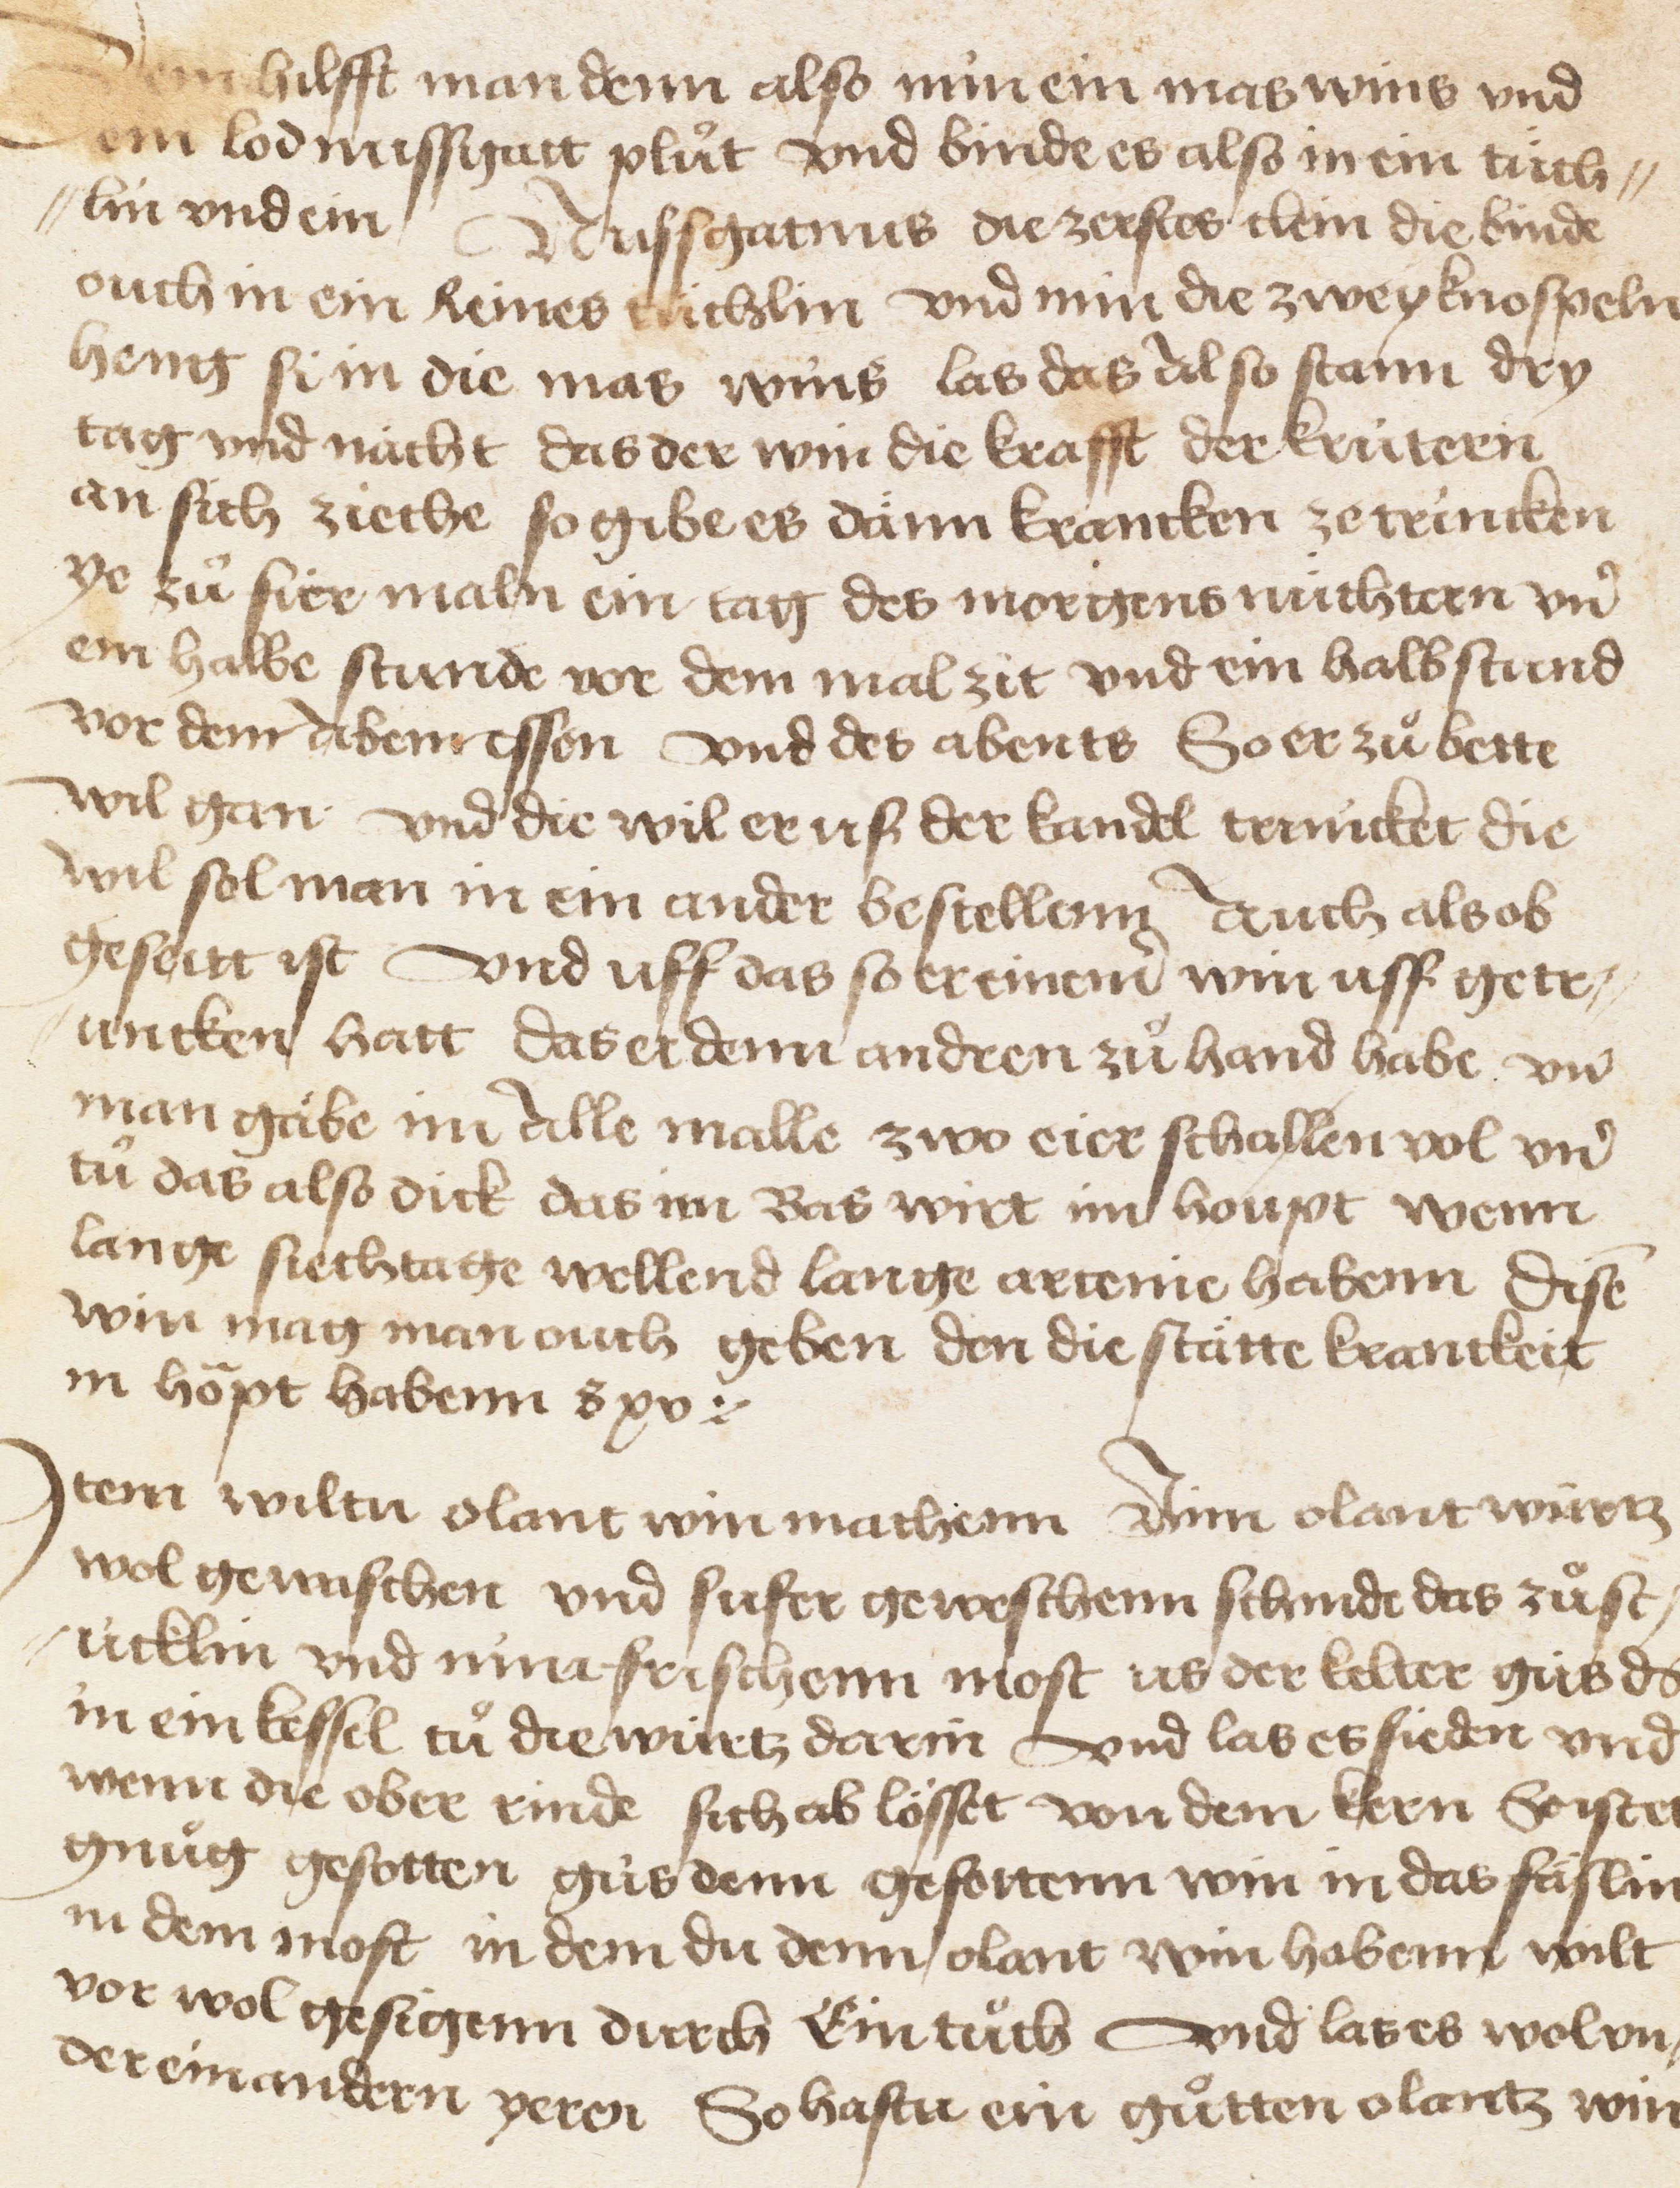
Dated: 1450–1499